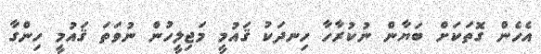
އެހެން ގޮތަކަށް ބަޔާން ނުކުރާހާ ހިނދަކު ޤައުމީ މަޖިލީހުން ނުވަތަ ޤައުމީ ހިންގާ